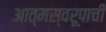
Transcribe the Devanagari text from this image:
आत्मस्वरूपाची